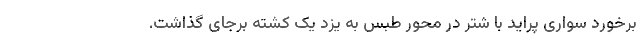
برخورد سواری پراید با شتر در محور طبس به یزد یک کشته برجای گذاشت.